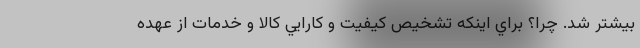
بيشتر شد. چرا؟ براي اينكه تشخيص كيفيت و كارايي كالا و خدمات از عهده